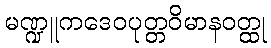
မဏ္ဍူကဒေဝပုတ္တဝိမာနဝတ္ထု